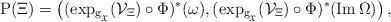
LaTeX: \begin{align*}\operatorname{P}(\Xi)=\left( (\operatorname{exp_{g_{_{\mathfrak{X}}}}}(\mathcal{V}_{\Xi})\circ\Phi)^{\ast}(\omega), (\operatorname{exp_{g_{_{\mathfrak{X}}}}}(\mathcal{V}_{\Xi})\circ\Phi )^{\ast}(\operatorname{Im}\Omega)\right),\end{align*}